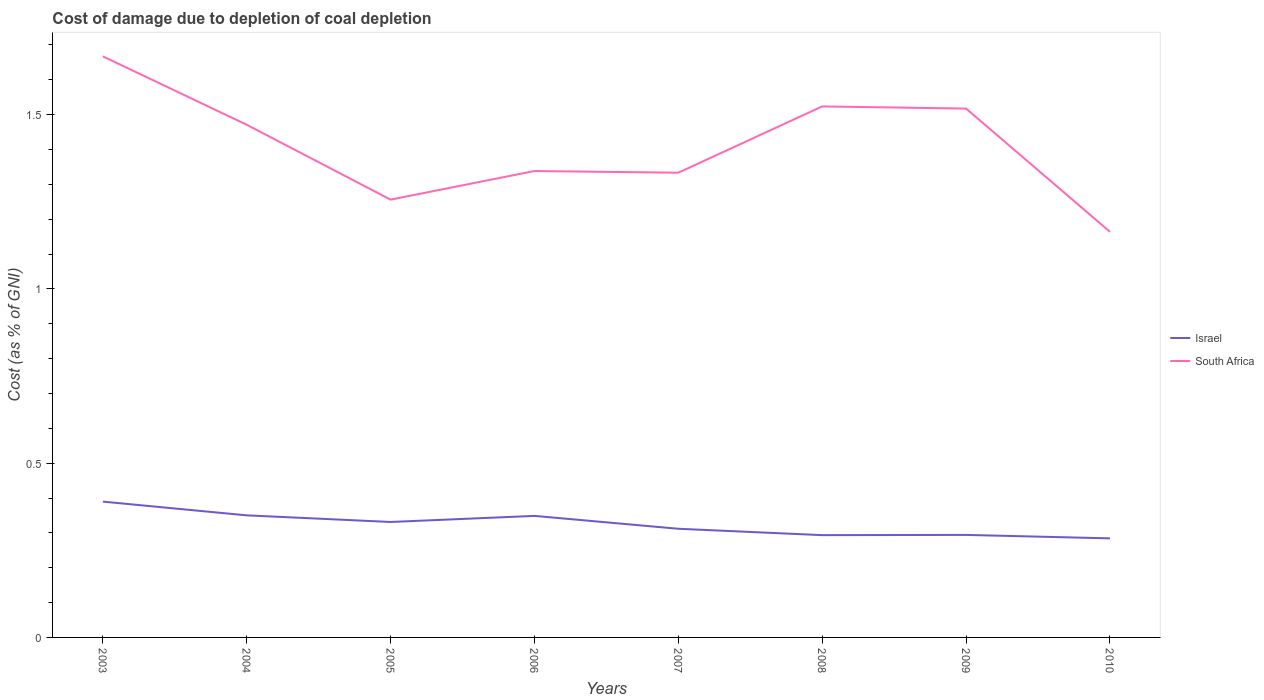
| Years | Israel | South Africa |
 | --- | --- | --- |
 | 2003 | 0.39 | 1.67 |
 | 2004 | 0.35 | 1.47 |
 | 2005 | 0.331 | 1.26 |
 | 2006 | 0.349 | 1.34 |
 | 2007 | 0.312 | 1.33 |
 | 2008 | 0.293 | 1.52 |
 | 2009 | 0.294 | 1.52 |
 | 2010 | 0.284 | 1.16 |